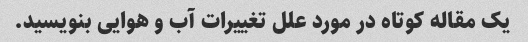
یک مقاله کوتاه در مورد علل تغییرات آب و هوایی بنویسید.